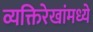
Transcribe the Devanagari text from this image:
व्यक्तिरेखांमध्ये